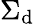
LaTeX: \Sigma_{\mathrm{d}}